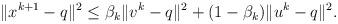
LaTeX: \begin{align*}\begin{aligned}\|x^{k+1} - q \|^2 & \leq \beta_k\|v^{k} - q \|^2 + (1 - \beta_k)\|u^k - q \|^2. \\\end{aligned}\end{align*}